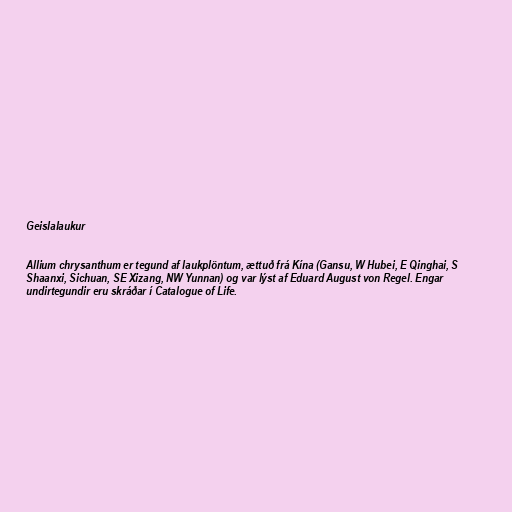
Geislalaukur

Allium chrysanthum er tegund af laukplöntum, ættuð frá Kína (Gansu, W Hubei, E Qinghai, S
Shaanxi, Sichuan, SE Xizang, NW Yunnan) og var lýst af Eduard August von Regel. Engar
undirtegundir eru skráðar í Catalogue of Life.